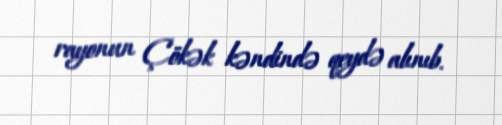
rayonun Çökək kəndində qeydə alınıb.